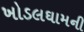
ખોડલઘામની